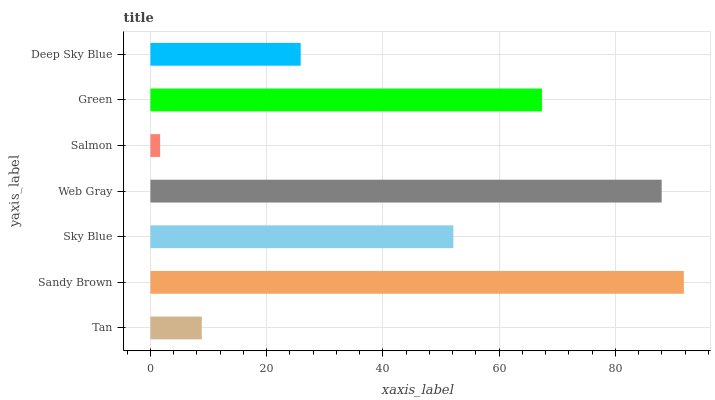
| yaxis_label | bars |
 | --- | --- |
 | Tan | 8.84 |
 | Sandy Brown | 91.8 |
 | Sky Blue | 52.1 |
 | Web Gray | 88 |
 | Salmon | 1.67 |
 | Green | 67.4 |
 | Deep Sky Blue | 25.9 |